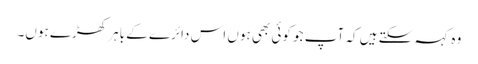
وہ کہہ سکتے ہیں کہ آپ جو کوئی بھی ہوں اس دائرے کے باہر کھڑے ہوں۔